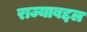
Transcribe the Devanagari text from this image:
राज्याबद्दल